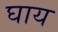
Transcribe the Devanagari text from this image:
घाय